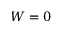
W = 0